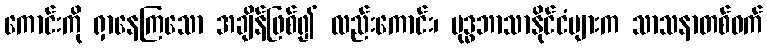
ကောင်းကို ရှာနေကြသော အချိန်ဖြစ်၍ လည်းကောင်း၊ ဗုဒ္ဓဘာသာနိုင်ငံများက သာသနာတစ်ဝက်